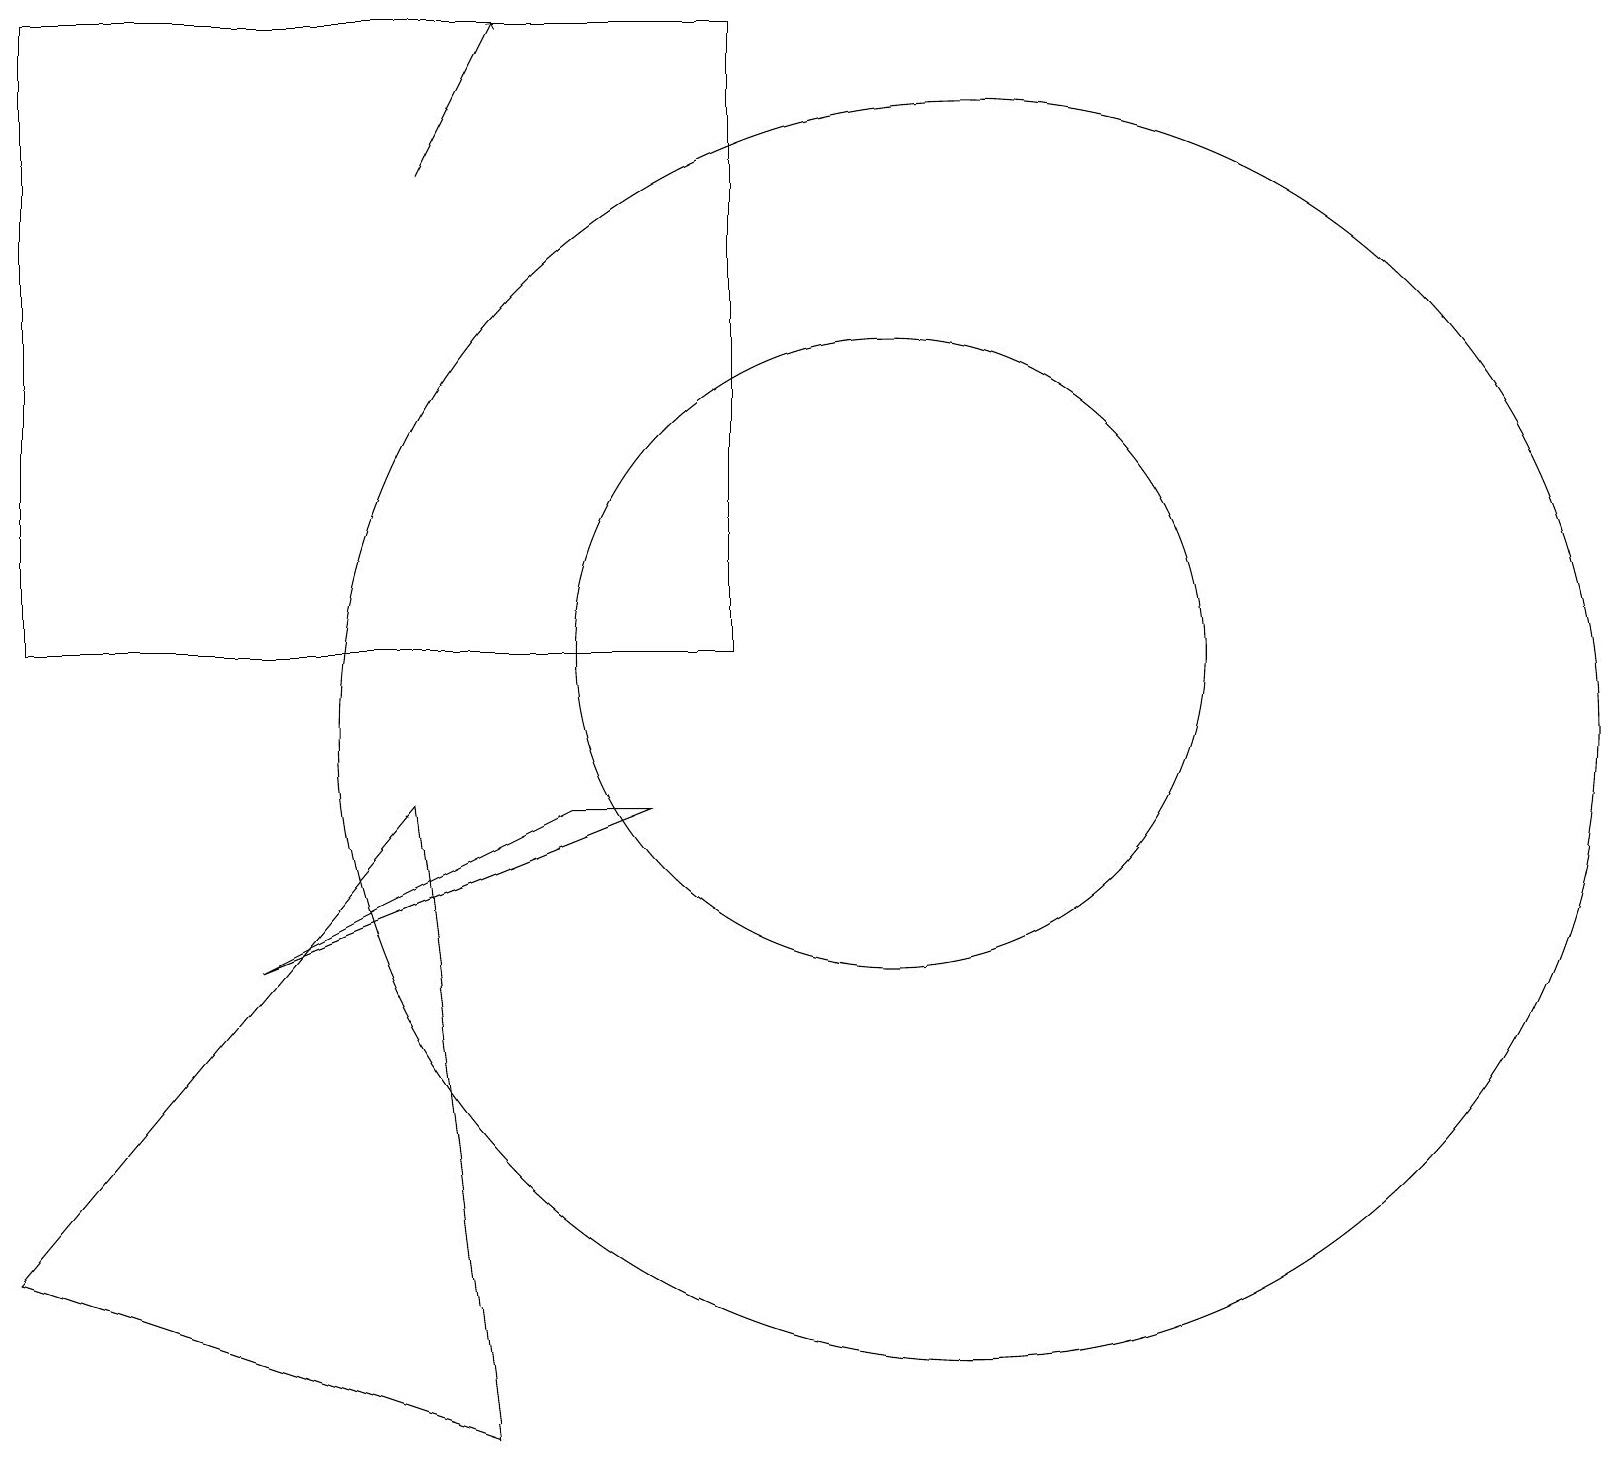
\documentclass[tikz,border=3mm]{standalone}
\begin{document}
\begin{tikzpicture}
\draw (9,19) rectangle (0,11);
\draw (11,11) circle (4);
\draw (5,9) -- (6,1) -- (0,3) -- cycle;
\draw (3,7) -- (8,9) -- (7,9) -- cycle;
\draw[->] (5,17) -- (6,19);
\draw (12,10) circle (8);
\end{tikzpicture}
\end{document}